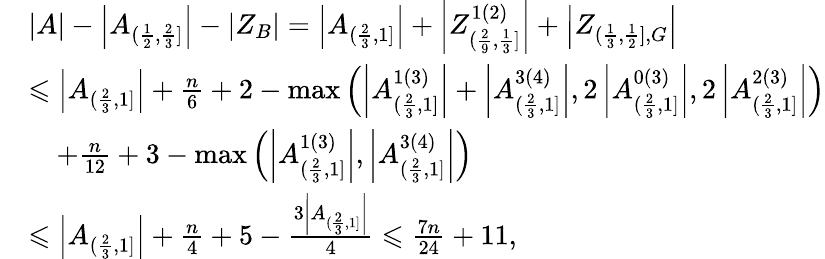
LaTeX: \begin{array}{rl}&{|A|-\left|A_{(\frac{1}{2},\frac{2}{3}]}\right|-|Z_{B}|=\left|A_{(\frac{2}{3},1]}\right|+\left|Z_{(\frac{2}{9},\frac{1}{3}]}^{1(2)}\right|+\left|Z_{(\frac{1}{3},\frac{1}{2}],G}\right|}\\ &{\leqslant\left|A_{(\frac{2}{3},1]}\right|+\frac{n}{6}+2-\operatorname*{max}\left(\left|A_{(\frac{2}{3},1]}^{1(3)}\right|+\left|A_{(\frac{2}{3},1]}^{3(4)}\right|,2\left|A_{(\frac{2}{3},1]}^{0(3)}\right|,2\left|A_{(\frac{2}{3},1]}^{2(3)}\right|\right)}\\ &{\, \, \, \, \, \, +\frac{n}{12}+3-\operatorname*{max}\left(\left|A_{(\frac{2}{3},1]}^{1(3)}\right|,\left|A_{(\frac{2}{3},1]}^{3(4)}\right|\right)}\\ &{\leqslant\left|A_{(\frac{2}{3},1]}\right|+\frac{n}{4}+5-\frac{3\left|A_{(\frac{2}{3},1]}\right|}{4}\leqslant\frac{7n}{24}+11,}\end{array}